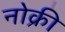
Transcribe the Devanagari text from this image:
नोक्री